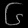
Digit: ၆